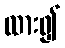
ထား၍